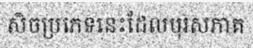
សិចប្រភេទនេះដែលបុរសភាគ